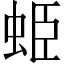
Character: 𧊺